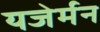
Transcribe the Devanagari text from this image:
यजेर्मन